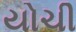
યોચી